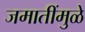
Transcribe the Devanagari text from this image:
जमातींमुळे